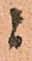
ニ